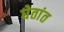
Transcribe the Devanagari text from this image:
घेतांत